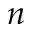
n